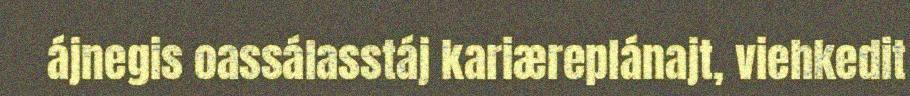
ájnegis oassálasstáj kariæreplánajt, viehkedit